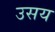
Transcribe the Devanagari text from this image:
उसय